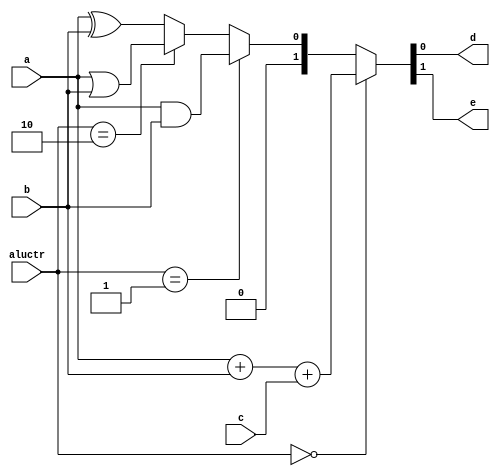
`timescale 1ns / 1ps



module lab1_3(a,b,c,aluctr,d,e);
input a,b,c;
input [1:0] aluctr;
output d,e;
reg d,e;

always@(*) begin    
    //assign {e,d}=a+b+c;
    {e,d}=(aluctr==2'b00) ? a+b+c :
                      (aluctr==2'b01) ? a&b :
                      (aluctr==2'b10) ? a|b : a^b ;      
end
    
    
endmodule